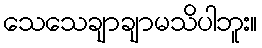
သေသေချာချာမသိပါဘူး။